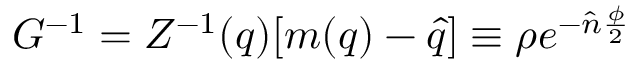
G ^ { - 1 } = Z ^ { - 1 } ( q ) [ m ( q ) - \hat { q } ] \equiv \rho e ^ { - \hat { n } \frac { \phi } { 2 } }